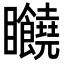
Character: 𥍘